Punjab Mental Hospital Lahore 1922-31 - 1922-1931
Year: 1922
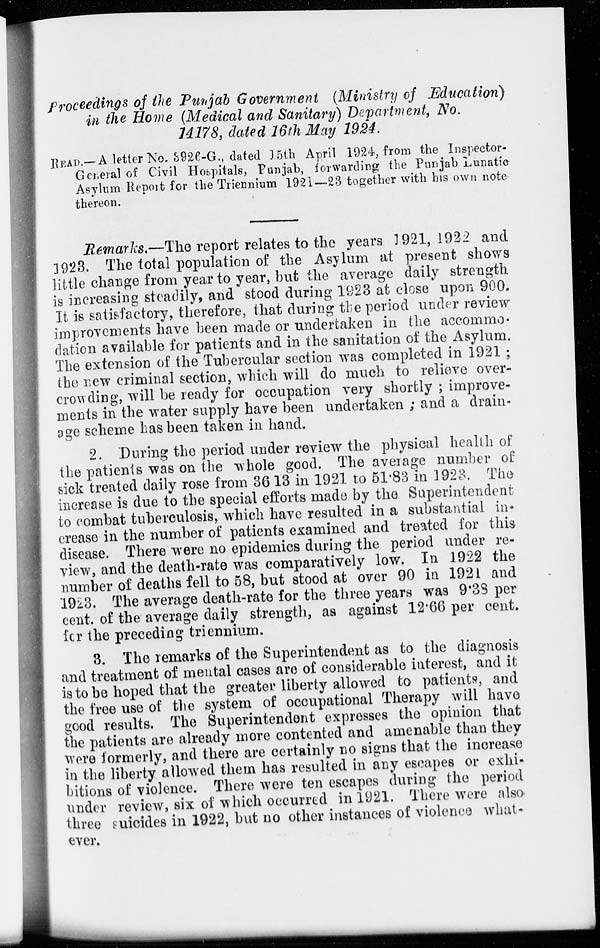
Proceedings of the Punjab Government (Ministry of Education)
in the Home [Medical and Sanitary) Department , No.
14178 , dated 16th May 1924.
READ.—A letter No. 3926-G., dated 15th April 1924, from the Inspector-
General of Civil Hospitals, Punjab, forwarding the Punjab Lunatíc
Asylum Report for the Triennium 1921—23 together with his own note
thereon.
Remarks.—The report relates to the years 1921, 1922 and
1923. The total population of the Asylum at present shows
little change from year to year, but the average daily strength
is increasing steadily, and stood during 1923 at close upon 900.
It is satisfactory, therefore, that during the period under review
improvements have been made or undertaken in the accommo-
dation available for patients and in the sanitation of the Asylum.
The extension of the Tubercular section was completed in 1921;
the new criminal section, which will do much to relieve over-
crowding, will be ready for occupation very shortly ; improve-
ments in the water supply have been undertaken ; and a drain-
age scheme has been taken in hand.
2. During the period under review the physical health of
the patients was on the whole good. The average number of
sick treated daily rose from 36 13 in 1921 to 51.83 in 1923. The
increase is due to the special efforts made by the Superintendent
to combat tuberculosis, which have resulted in a substantial in-
crease in the number of patients examined and treated for this
disease. There were no epidemics during the period under re-
view, and the death-rate was comparatively low. In 1922 the
number of deaths fell to 58, but stood at over 90 in 1921 and
1923. The average death-rate for the three years was 9.38 per
cent. of the average daily strength, as against 12.66 per cent.
for the preceding triennium.
3. The remarks of the Superintendent as to the diagnosis
and treatment of mental cases are of considerable interest, and it
is to be hoped that the greater liberty allowed to patients, and
the free use of the system of occupational Therapy will have
good results. The Superintendent expresses the opinion that
the patients are already more contented and amenable than they
were formerly, and there are certainly no signs that the increase
in the liberty allowed them has resulted in any escapes or exhi-
bitions of violence. There were ten escapes during the period
under review, six of which occurred in 1921. There were also
three suicides in 1922, but no other instances of violence what-
ever.